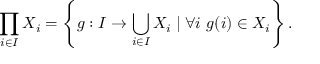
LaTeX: \prod _ { i \in I } X _ { i } = \left\{ g : I \to \bigcup _ { i \in I } X _ { i } \mid \forall i \ g ( i ) \in X _ { i } \right\} .